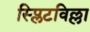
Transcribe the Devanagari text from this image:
स्प्लिटविल्ला